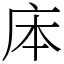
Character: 㡷